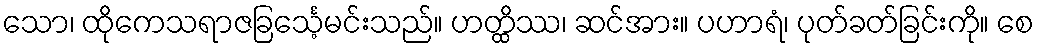
သော၊ ထိုကေသရာဇခြင်္သေ့မင်းသည်။ ဟတ္ထိဿ၊ ဆင်အား။ ပဟာရံ၊ ပုတ်ခတ်ခြင်းကို။ စေ